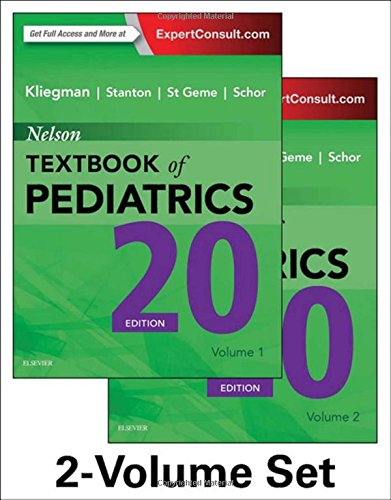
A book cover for Nelson Textbook of Pediatrics, 2-Volume Set, 20e; Robert M. Kliegman MD; Medical Books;